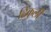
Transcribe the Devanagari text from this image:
ढिंकुली